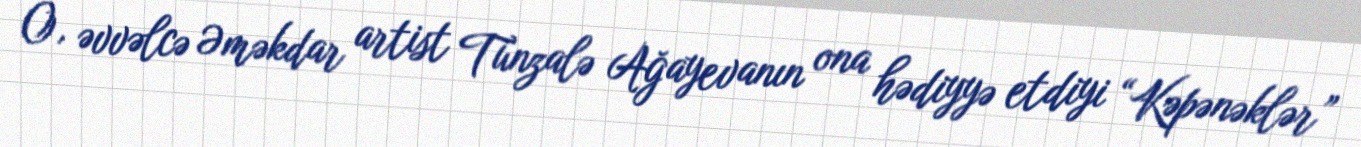
O, əvvəlcə Əməkdar artist Tünzalə Ağayevanın ona hədiyyə etdiyi “Kəpənəklər”